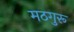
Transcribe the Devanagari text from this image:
मठगुरू